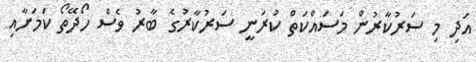
އަދި މި ސަރުކާރުން މަސައްކަތް ކުރަނީ ސަރުކާރުގެ ބާރު ވެސް ހޯދޭތޯ ކަމަށާއި